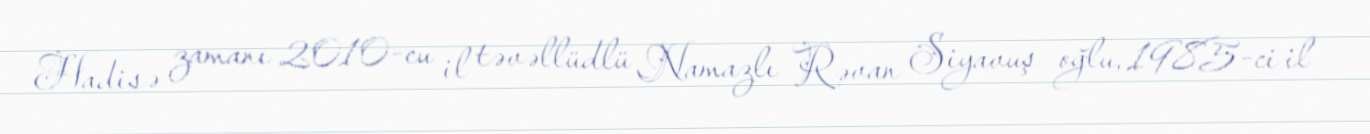
Hadisə zamanı 2010-cu il təvəllüdlü Namazlı Rəvan Siyavuş oğlu, 1985-ci il